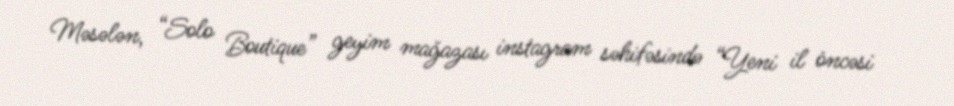
Məsələn, “Solo Boutique” geyim mağazası instagram səhifəsində “Yeni il öncəsi